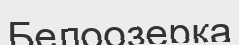
Белоозерка